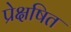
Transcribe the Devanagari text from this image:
प्रेक्षषित